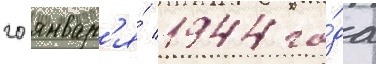
20 январ'я́ 1944 го́да